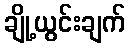
ချို့ယွင်းချက်